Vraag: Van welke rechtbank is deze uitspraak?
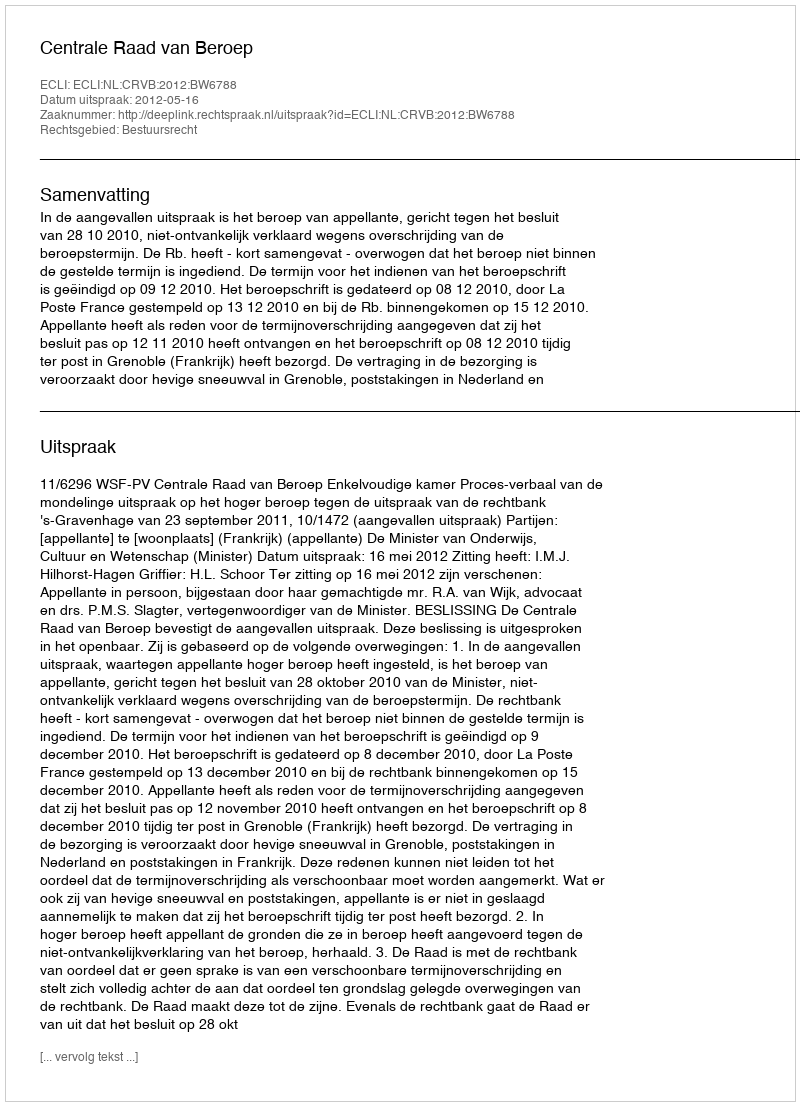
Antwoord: Centrale Raad van Beroep